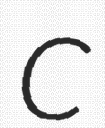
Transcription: C